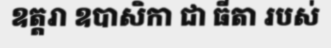
ឧត្តរា ឧបាសិកា ជា ធីតា របស់